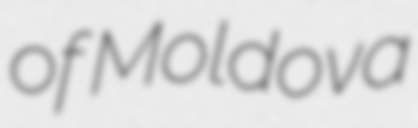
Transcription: of Moldova